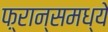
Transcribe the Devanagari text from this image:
फ़्रान्समध्ये